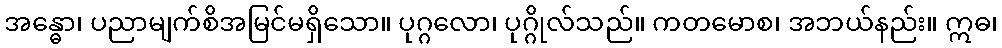
အန္ဓော၊ ပညာမျက်စိအမြင်မရှိသော။ ပုဂ္ဂလော၊ ပုဂ္ဂိုလ်သည်။ ကတမောစ၊ အဘယ်နည်း။ ဣဓ၊